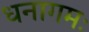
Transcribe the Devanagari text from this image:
धनागमः